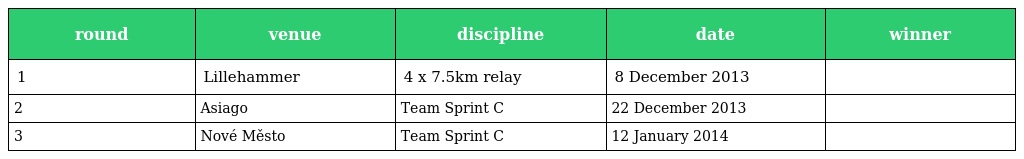
| round | venue | discipline | date | winner |
 | --- | --- | --- | --- | --- |
 | 1 | Lillehammer | 4 x 7.5km relay | 8 December 2013 |  |
 | 2 | Asiago | Team Sprint C | 22 December 2013 |  |
 | 3 | Nové Město | Team Sprint C | 12 January 2014 |  |